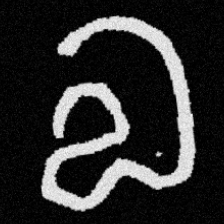
Pyu character \u2014 Myanmar letter: လ (romanized: la)